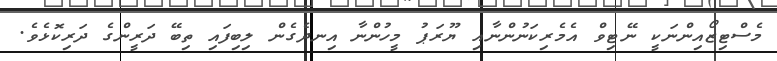
މެސްޓިޒޯއިންނަކީ ނޭޓިވް އެމެރިކަނުންނާއި ޔޫރަޕު މީހުންނާ އިނދެގެން ލިބިފައި ތިބޭ ދަރީންގެ ދަރިކޮޅެވެ.